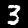
Label: 3